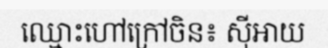
ឈ្មោះហៅក្រៅចិន៖ ស៊ីអាយ